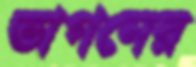
ভাগনের